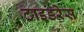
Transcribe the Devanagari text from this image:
टाइडरेस